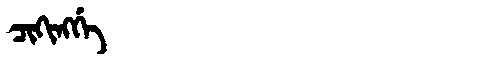
Manchu: ᠴᡳᡴᡳᠩᡤᡝ
Romanization: CIKINGGE